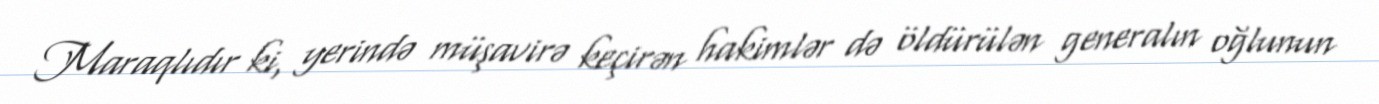
Maraqlıdır ki, yerində müşavirə keçirən hakimlər də öldürülən generalın oğlunun